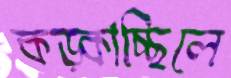
কড়্‌কাচ্ছিলে